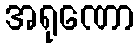
အရုဏော